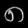
Digit: ၈